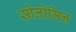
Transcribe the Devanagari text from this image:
सोलोमिन